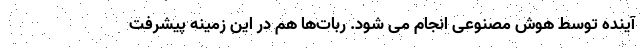
آینده توسط هوش مصنوعی انجام می شود. ربات‌ها هم در این زمینه پیشرفت